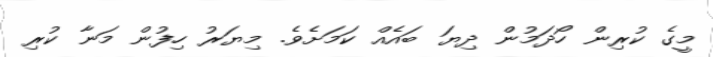
މީގެ ކުރިން ހޯދަމުން ދިޔަ ބައެއް ކަމަށެވެ. މިޔަރު ހިފުން މަނާ ކުރި